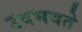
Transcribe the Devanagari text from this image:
उदभवते